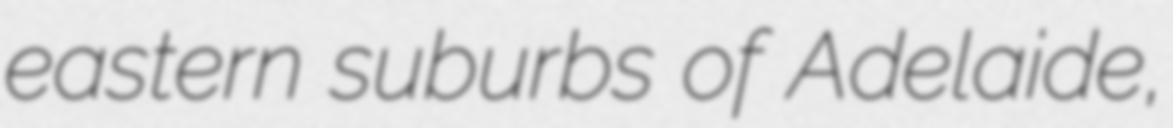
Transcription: eastern suburbs of Adelaide,